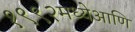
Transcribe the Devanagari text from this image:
१९९२मध्येआणि